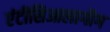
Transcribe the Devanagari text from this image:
एंटीसिआलागौग